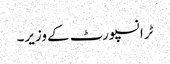
ٹرانسپورٹ کے وزیر۔